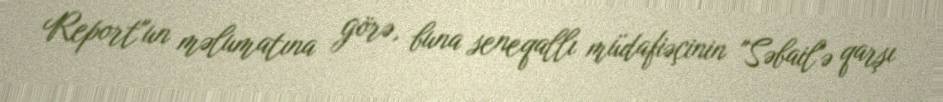
Report"un məlumatına görə, buna seneqallı müdafiəçinin "Səbail"ə qarşı